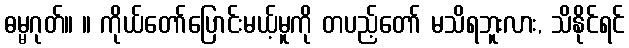
ဓမ္မဂုတ်။ ။ ကိုယ်တော်ပြောင်းမယ့်မူကို တပည့်တော် မသိရဘူးလား, သိနိုင်ရင်